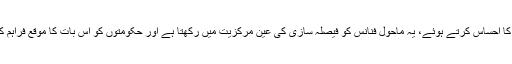
اس کے علاوہ، ایکرووئل اکاؤنٹنگ پر عمل درآمد کے فوائد کا احساس کرتے ہوئے، یہ ماحول فنانس کو فیصلہ سازی کی عین مرکزیت میں رکھتا ہے اور حکومتوں کو اس بات کا موقع فراہم کرتا ہے کہ وہ مؤثر انداز میں کارکردگی کا انتظام کر سکیں۔